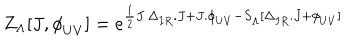
Z _ { \Lambda } [ J , \phi _ { U V } ^ { \phantom { a } } ] = e ^ { \frac { 1 } { 2 } J . \Delta _ { I R } ^ { \phantom { a } } . J + J . \phi _ { U V } ^ { \phantom { a } } - S _ { \Lambda } ^ { \phantom { 1 } } [ \Delta _ { I R } ^ { \phantom { a } } . J + \phi _ { U V } ^ { \phantom { a } } ] }